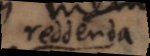
reddenda